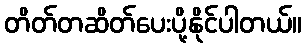
တိတ်တဆိတ်ပေးပို့နိုင်ပါတယ်။